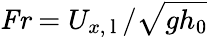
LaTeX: \mathit{Fr}=U_{x,\mathrm{~l~}}/\sqrt{gh_{0}}